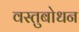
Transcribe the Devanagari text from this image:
वस्तुबोधन